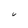
Character: C